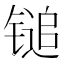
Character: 𬭨